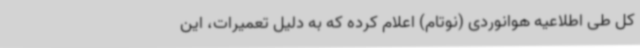
کل طی اطلاعیه هوانوردی (نوتام) اعلام کرده که به دلیل تعمیرات، این